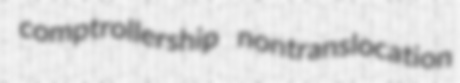
comptrollership nontranslocation